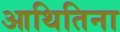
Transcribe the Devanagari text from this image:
आथितिना